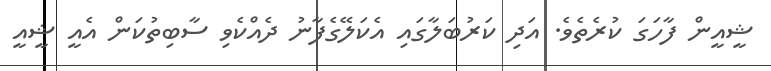
ޝީއީން ފާހަގަ ކުރެތެވެ. އަދި ކަރުބަލާގައި އެކަލޭގެފާނު ދެއްކެވި ސާބިތުކަން އެއީ ޝީއީ